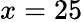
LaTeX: x=25